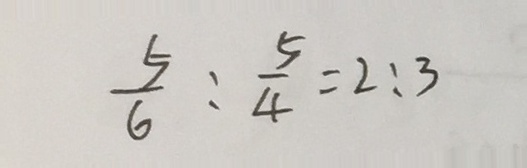
\frac { 5 } { 6 } : \frac { 5 } { 4 } = 2 : 3